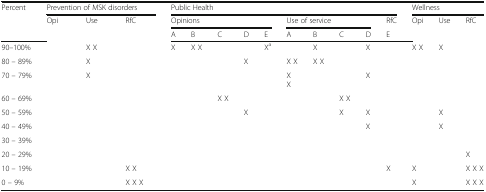
<table><thead><tr><td rowspan="3"><b>Percent</b></td><td colspan="3"><b>Prevention of MSK disorders</b></td><td colspan="10"><b>Public Health</b></td><td colspan="3"><b>Wellness</b></td></tr><tr><td rowspan="2"><b>Opi</b></td><td rowspan="2"><b>Use</b></td><td rowspan="2"><b>RfC</b></td><td colspan="5"><b>Opinions</b></td><td colspan="4"><b>Use of service</b></td><td><b>RfC</b></td><td rowspan="2"><b>Opi</b></td><td rowspan="2"><b>Use</b></td><td rowspan="2"><b>RfC</b></td></tr><tr><td><b>A</b></td><td><b>B</b></td><td><b>C</b></td><td><b>D</b></td><td><b>E</b></td><td><b>A</b></td><td><b>B</b></td><td><b>C</b></td><td><b>D</b></td><td><b>E</b></td></tr></thead><tbody><tr><td>90–100%</td><td></td><td>X X</td><td></td><td>X</td><td>X X</td><td></td><td></td><td>X<sup>a</sup></td><td></td><td>X</td><td></td><td>X</td><td></td><td>X X</td><td>X</td><td></td></tr><tr><td>80 – 89%</td><td></td><td>X</td><td></td><td></td><td></td><td></td><td>X</td><td></td><td>X X</td><td>X X</td><td></td><td></td><td></td><td></td><td></td><td></td></tr><tr><td>70 – 79%</td><td></td><td>X</td><td></td><td></td><td></td><td></td><td></td><td></td><td>XX</td><td></td><td></td><td>X</td><td></td><td></td><td></td><td></td></tr><tr><td>60 – 69%</td><td></td><td></td><td></td><td></td><td></td><td>X X</td><td></td><td></td><td></td><td></td><td>X X</td><td></td><td></td><td></td><td></td><td></td></tr><tr><td>50 – 59%</td><td></td><td></td><td></td><td></td><td></td><td></td><td>X</td><td></td><td></td><td></td><td>X</td><td>X</td><td></td><td></td><td>X</td><td></td></tr><tr><td>40 – 49%</td><td></td><td></td><td></td><td></td><td></td><td></td><td></td><td></td><td></td><td></td><td></td><td>X</td><td></td><td></td><td>X</td><td></td></tr><tr><td>30 – 39%</td><td></td><td></td><td></td><td></td><td></td><td></td><td></td><td></td><td></td><td></td><td></td><td></td><td></td><td></td><td></td><td></td></tr><tr><td>20 – 29%</td><td></td><td></td><td></td><td></td><td></td><td></td><td></td><td></td><td></td><td></td><td></td><td></td><td></td><td></td><td></td><td>X</td></tr><tr><td>10 – 19%</td><td></td><td></td><td>X X</td><td></td><td></td><td></td><td></td><td></td><td></td><td></td><td></td><td></td><td>X</td><td>X</td><td></td><td>X X X</td></tr><tr><td>0 – 9%</td><td></td><td></td><td>X X X</td><td></td><td></td><td></td><td></td><td></td><td></td><td></td><td></td><td></td><td></td><td>X</td><td></td><td>X X X</td></tr></tbody></table>